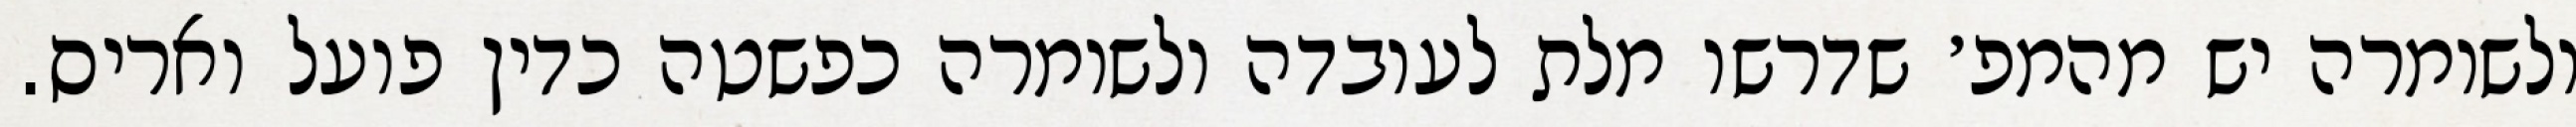
ולשומרה יש מהמפ׳ שדרשו מלת לעובדה ולשומרה כפשטה כדין פועל ואריס.